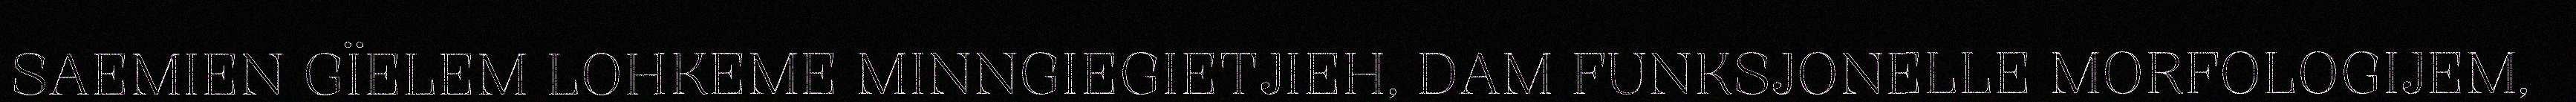
SAEMIEN GÏELEM LOHKEME MINNGIEGIETJIEH, DAM FUNKSJONELLE MORFOLOGIJEM,